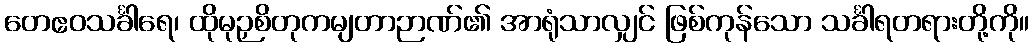
တေဧဝသင်္ခါရေ၊ ထိုမုဉှစိတုကမျတာဉာဏ်၏ အာရုံသာလျှင် ဖြစ်ကုန်သော သင်္ခါရတရားတို့ကို။